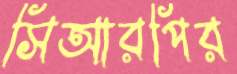
সিআরপির